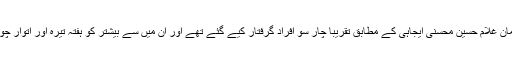
ایرانی وزارت انصاف کے ترجمان غلام حسین محسنی ایجاہی کے مطابق تقریباً چار سو افراد گرفتار کیے گئے تھے اور ان میں سے بیشتر کو ہفتہ تیرہ اور اتوار چودہ دسمبر کو رہا کر دیا گیا ہے۔